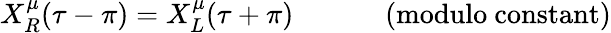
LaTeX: X_{R}^{\mu}(\tau-\pi)=X_{L}^{\mu}(\tau+\pi)\mathrm{~~~~~~~~~~~~~(modulo~constant)}